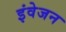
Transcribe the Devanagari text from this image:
इंवेजन